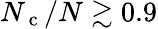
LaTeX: N_{\mathrm{~c~}}/N\gtrsim 0.9